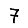
Digit: 7